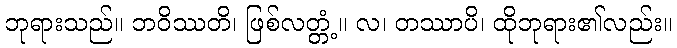
ဘုရားသည်။ ဘဝိဿတိ၊ ဖြစ်လတ္တံ့။ လ၊ တဿာပိ၊ ထိုဘုရား၏လည်း။